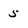
Character: 5